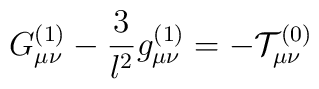
G_{\mu \nu }^{(1)}-\frac{3}{l^{2}}g_{\mu \nu }^{(1)}=-{\cal T}_{\mu \nu}^{(0)}